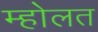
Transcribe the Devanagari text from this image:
म्होलत